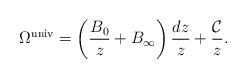
LaTeX: \begin{align*}\Omega^{\mathrm{univ}} = \left( \frac{B_{0}}{z} +B_{\infty}\right) \frac{dz}{z } +\frac{\mathcal C}{z}.\end{align*}